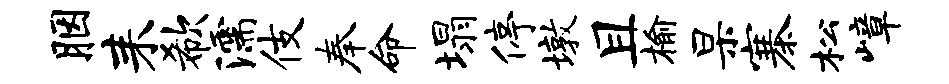
胭耒欷濡伎奉命塌停墩且榆杲寨松嶂